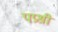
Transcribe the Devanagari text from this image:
पप्रश्री